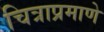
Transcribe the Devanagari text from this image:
चित्राप्रमाणे